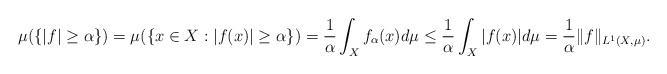
\begin{align*} \mu(\{|f|\geq\alpha\})=\mu(\{x\in X:|f(x)|\geq\alpha\})=\frac{1}{\alpha}\int_Xf_\alpha(x)d\mu\leq\frac{1}{\alpha}\int_X|f(x)|d\mu=\frac{1}{\alpha}\|f\|_{L^1(X,\mu)}.\end{align*}